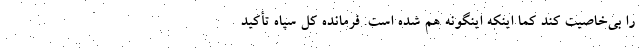
را بی‌خاصیت کند کما اینکه اینگونه هم شده است. فرمانده کل سپاه تأکید